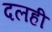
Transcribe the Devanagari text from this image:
दलही